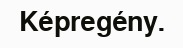
Képregény.